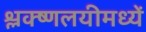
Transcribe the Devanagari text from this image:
श्लक्ष्णलयीमध्यें